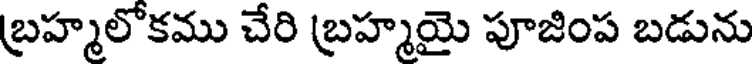
బ్రహ్మలోకము చేరి బ్రహ్మయై పూజింప బడును